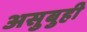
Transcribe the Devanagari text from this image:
असुबुही